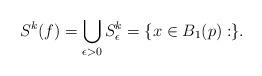
LaTeX: \begin{align*}S^k(f)=\bigcup_{\epsilon>0} S^k_{\epsilon}=\{x\in B_1(p):\}.\end{align*}